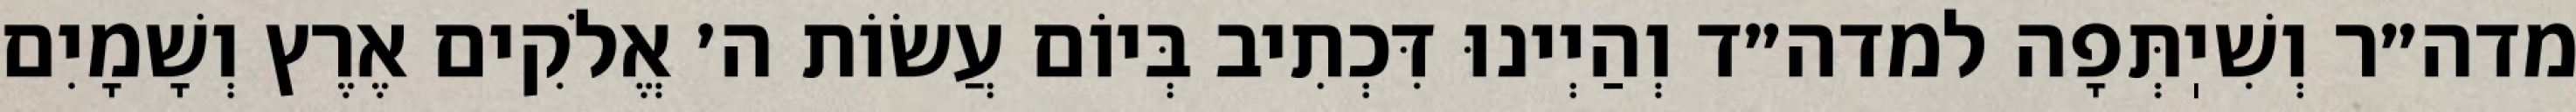
מדה״ר וְשִׁיֽתְּפָה למדה״ד וְהַיְינוּ דִּכְתִיב בְּיוֹם עֲשׂוֹת ה׳ אֱלֹקִים אֶרֶץ וְשָׁמָיִם